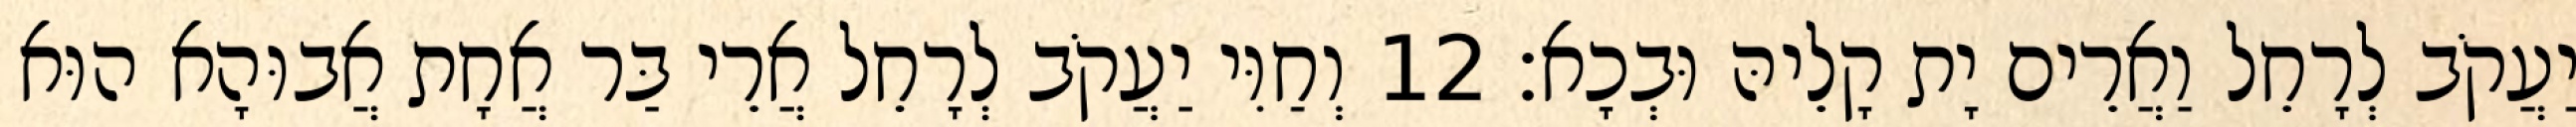
יַעֲקֹב לְרָחֵל וַאֲרֵים יָת קָלֵיהּ וּבְכָא׃ 12 וְחַוִּי יַעֲקֹב לְרָחֵל אֲרֵי בַּר אֲחָת אֲבוּהָא הוּא